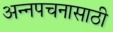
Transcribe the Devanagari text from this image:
अन्‍नपचनासाठी